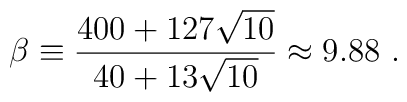
\beta\equiv {{400+127\sqrt{10}}\over{40+13\sqrt{10}}}\approx 9.88~.